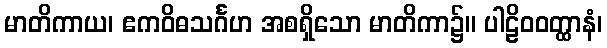
မာတိကာယ၊ ဧကဝိဓသင်္ဂဟ အစရှိသော မာတိကာ၌။ ပါဠိဝဝတ္ထာနံ၊